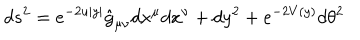
d s ^ { 2 } = e ^ { - 2 u | y | } \hat { g } _ { \mu \nu } d x ^ { \mu } d x ^ { \nu } + d y ^ { 2 } + e ^ { - 2 V ( y ) } d \theta ^ { 2 }